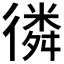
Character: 𢕸